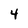
Character: 4